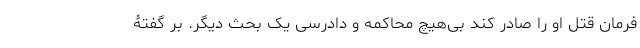
فرمان قتل او را صادر کند بی‌هیچ محاکمه و دادرسی یک بحث دیگر. بر گفتۀ